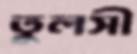
তুলসী